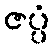
ဇပ္ပံ